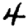
Digit: 4